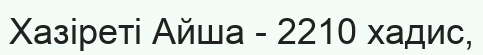
Хазіреті Айша - 2210 хадис,